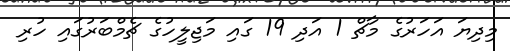
މިދިޔަ އަހަރުގެ މާޗް 1 އަދި 19 ގައި މަޖިލީހުގެ ޗެމްބަރުގައި ހުރި